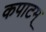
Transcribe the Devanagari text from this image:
कपाटम्